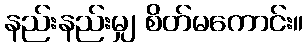
နည်းနည်းမျှ စိတ်မကောင်း။